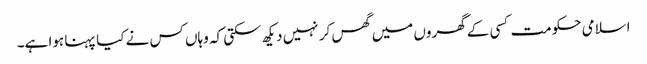
اسلامی حکومت کسی کے گھروں میں گھس کر نہیں دیکھ سکتی کہ وہاں کس نے کیا پہنا ہوا ہے۔